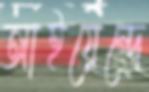
আইয়েন্দে